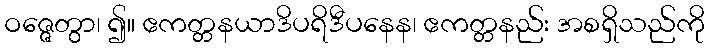
ဝဇ္ဇေတွာ၊ ၍။ ဧကတ္တနယာဒိပရိဒီပနေန၊ ဧကတ္တနည်း အစရှိသည်ကို